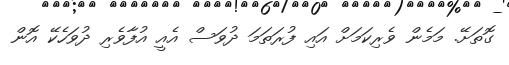
ގޮތަށޭ. މަމެން ވެރިކަމަށް އައި ފުރަތަމަ ދުވަސް އެއީ އުފާވެރި ދުވަހެކޭ އޮން